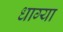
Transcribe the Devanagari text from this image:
धाग्या